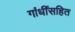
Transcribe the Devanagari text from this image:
गांधींसहित